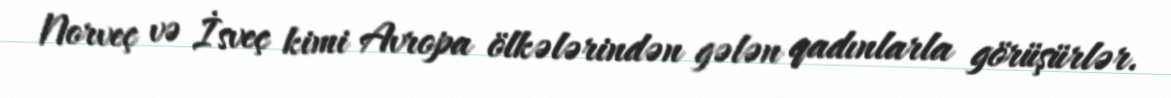
Norveç və İsveç kimi Avropa ölkələrindən gələn qadınlarla görüşürlər.